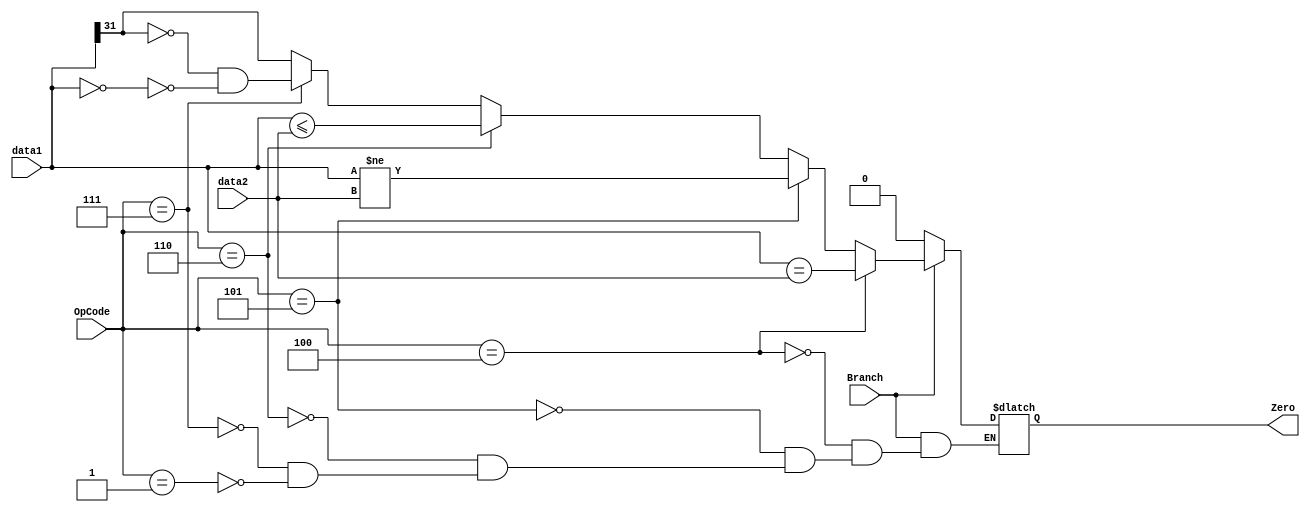
`timescale 1ns / 1ps
module BranchALU(
    input wire [5:0] OpCode,
    input wire [31:0] data1,
    input wire [31:0] data2,
    input wire Branch,
    output reg Zero
);

    always@(*) begin
        if(Branch) begin
            if(OpCode == 6'h04) begin       // beq
                Zero <= data1  == data2 ;
            end
            else if(OpCode == 6'h05) begin  // bne
                Zero <= data1  != data2 ;
            end
            else if(OpCode == 6'h06) begin  // blez
                Zero <= (data1  <= data2 );
            end
            else if(OpCode == 6'h07) begin  // bgtz
                Zero <= ((data1[31] == 0) & ~(data1 == 0));
            end
            else if(OpCode == 6'h01) begin  // bltz
                Zero <= (data1[31] == 1 );
            end
            else begin
                Zero <= Zero;
            end
        end
        else begin
            Zero <= 0;
        end
    end

endmodule